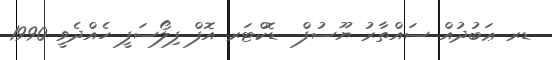
ޑރ ޢަބުދުއް ސައްތާރު ޔޫސުފް  ޑޮކްޓަރ އޮފް ފިލޯސަފީ ހެއްދެވީ 1990